Report on vaccination in Madras 1877-1894 - 1877-1894
Year: 1877
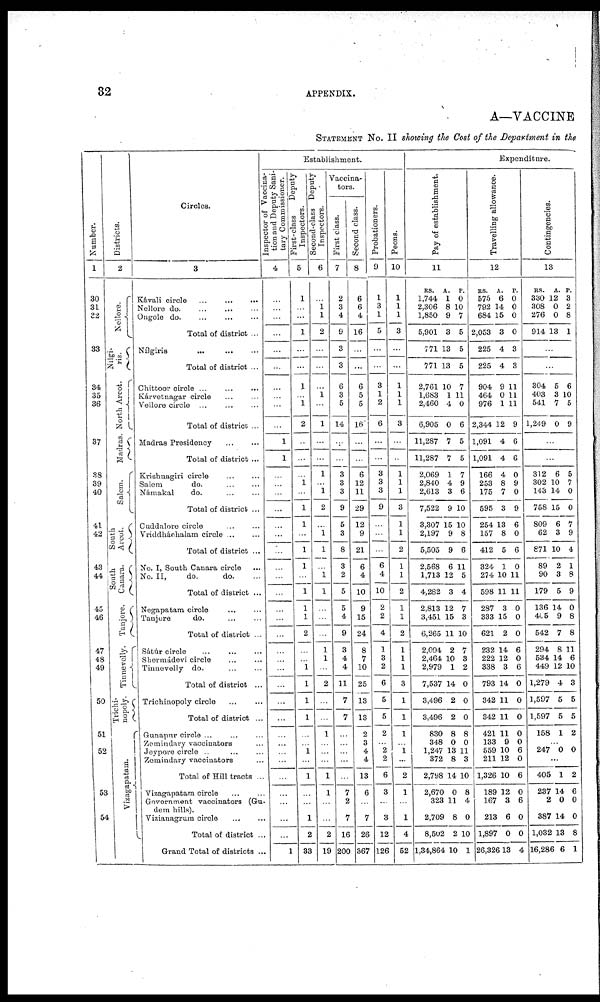
32
APPENDIX.
A—VACCINE
STATEMENT NO. II showing the Cost of the Department in the
Number.
1
30
31
32
33
34
35
36
37
38
39
40
41
42
43
44
45
46
47
48
49
50
51
52
53
54
Districts.
2
Nellore.
Nilgi-
ris.
North Arcot.
Madras.
Salem.
South
Arcot.
South
Canara.
Tanjore.
Tinnevelly.
Trichi-
nopoly.
Vizagapatam.
Circles.
3
Kávali circle
...
...
...
Nellore d
o
. ... ... ...
Ongole do. ... ... ...
Total of district ...
Nílgiris
...
...
...
Total of district ...
Chittoor circle ... ... ...
Kárvetnagar circle ... ...
Vellore circle ... ... ...
Total of district ...
Madras Presidency
...
...
Total of district ...
Krishnagiri circle ... ...
Salem
do. ... ...
Námakal
do. ... ...
Total of district ...
Cuddalore circle ... ...
Vriddháchalam circle ... ...
Total of district ...
No. I, South Canara circle ...
No. II,
do.
do. ...
Total of district ...
Negapatam circle ... ...
Tanjore
do. ... ...
Total of district ...
Sátúr circle
...
...
...
Shermádevi circle ... ...
Tinnevelly do. ... ...
Total of district ...
Trichinopoly circle ... ...
Total of district ...
Gunapur circle ... ... ...
Zemindary vaccinators ...
Jeypore circle .. ... ...
Zemindary vaccinators ...
Total of Hill tracts ...
Vizagapatam circle
...
...
Government vaccinators (Gu-
dem hills).
Vizianagrum circle ... ...
Total of district ...
Grand Total of districts ...
Establishment.
Inspector of Vaccina-
tion and Deputy Sani-
tary Commissioner.
4
...
...
...
...
...
...
...
...
...
...
1
1
...
...
...
...
...
...
...
...
...
...
...
...
...
...
...
...
...
...
...
...
...
...
...
...
...
...
...
...
1
First-class
Deputy
Inspectors.
5
1
...
...
1
...
...
1
...
1
2
...
...
...
1
...
1
1
...
1
1
...
1
1
1
2
...
...
1
1
1
1
...
...
1
...
1
...
...
1
2
33
Second-class Deputy
Inspectors.
6
...
1 1
2
...
...
...
1
...
1
...
...
1
...
1
2
...
1
1
...
1
1
...
...
...
1
1
...
2
...
...
1
...
...
...
1
1
...
...
2
19
Vaccina-
tors.
First class.
7
2
3
4
9
3
3
6
3
5
14
...
...
3
3
3
9
5
3
8
3
2
5
5
4
9
3
4
4
11
7
7
...
...
...
...
...
7
2
7
16
200
Second class.
8
6
6
4
16
...
...
6
5
5
16
...
...
6
12
11
29
12
9
21
6
4
10
9
15
24
8
7
10
25
13
13
2
3
4
4
13
6
...
7
26
367
Probationers.
9
1
3
1
5
...
...
3
1
2
6
...
...
3
3
3
9
...
...
...
6
4
10
2
2
4
1
3
2
6
5
5
2
...
2
2
6
3
...
3
12
126
Peons.
10
1
1
1
3
...
...
1
1
1
3
...
...
1
1
1
3
1
1
2
1
1
2
1
1
2
1
1
1
3
1
1
1
...
1
...
2
1
...
1
4
52
Expenditure.
Pay of establishment.
11
RS.
1,744
2,306
1,850
5,901
771
771
2,761
1,683
2,460
6,905
11,287
11,287
2,069
2,840
2,613
7,522
3,307
2,197
5,505
2,568
1,713
4,282
2,813
3,451
6,265
2,094
2,464
2,979
7,537
3,496
3,496
830
348
1,247
372
2,798
2,670
323
2,709
8,502
1,34,864
A.
1
8
9
3
13
13
10
1
4
0
7
7
1
4
3
9
15
9
9
6
12
3
12
15
11
2
10
1
14
2
2
8
0
13
8
14
0
11
8
2
10
P.
0
10
7
5
5
5
7
11
0
6
5
5
7
9
6
10
10
8
6
11
5
4
7
3
10
7
3
2
0
0
0
8
0
11
3
10
8
4
0
10
1
Travelling allowance.
12
RS.
575
792
684
2,053
225
225
904
464
976
2,344
1,091
1,091
166
253
175
595
254
157
412
324
274
598
287
333
621
232
222
338
793
342
342
421
133
559
211
1,326
189
167
213
1,897
26,326
A.
6
14
15
3
4
4
9
0
1
12
4
4
4
8
7
3
13
8
5
1
10
11
3
15
2
14
12
3
14
11
11
11
9
10
12
10
12
3
6
0
13
P.
0
0
0
0
3
3
11
11
11
9
6
6
0
9
0
9
6
0
6
0
11
11
0
0
0
6
0
6
0
0
0
0
0
6
0
6
0
6
0
0
4
Contingencies.
13
RS.
330
308
276
914
A.
12
0
0
13
P.
3
2
8
1
...
...
304
403
541
1,249
5
3
7
0
6
10
5
9
...
...
312
302
143
758
809
62
871
89
90
179
136
415
542
294
534
449
1,279
1,597
1,597
158
6
10
14
15
6
3
10
2
3
5
14
9
7
8
14
12
4
5
5
1
5
7
0
0
7
9
4
1
8
9
0
8
8
11
6
10
3
5
5
2
...
247 0 0
...
405
237
2
387
1,032
16,286
1
14
0
14
13
6
2
6
0
0
8
1